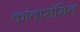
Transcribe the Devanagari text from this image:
कांतासंमित